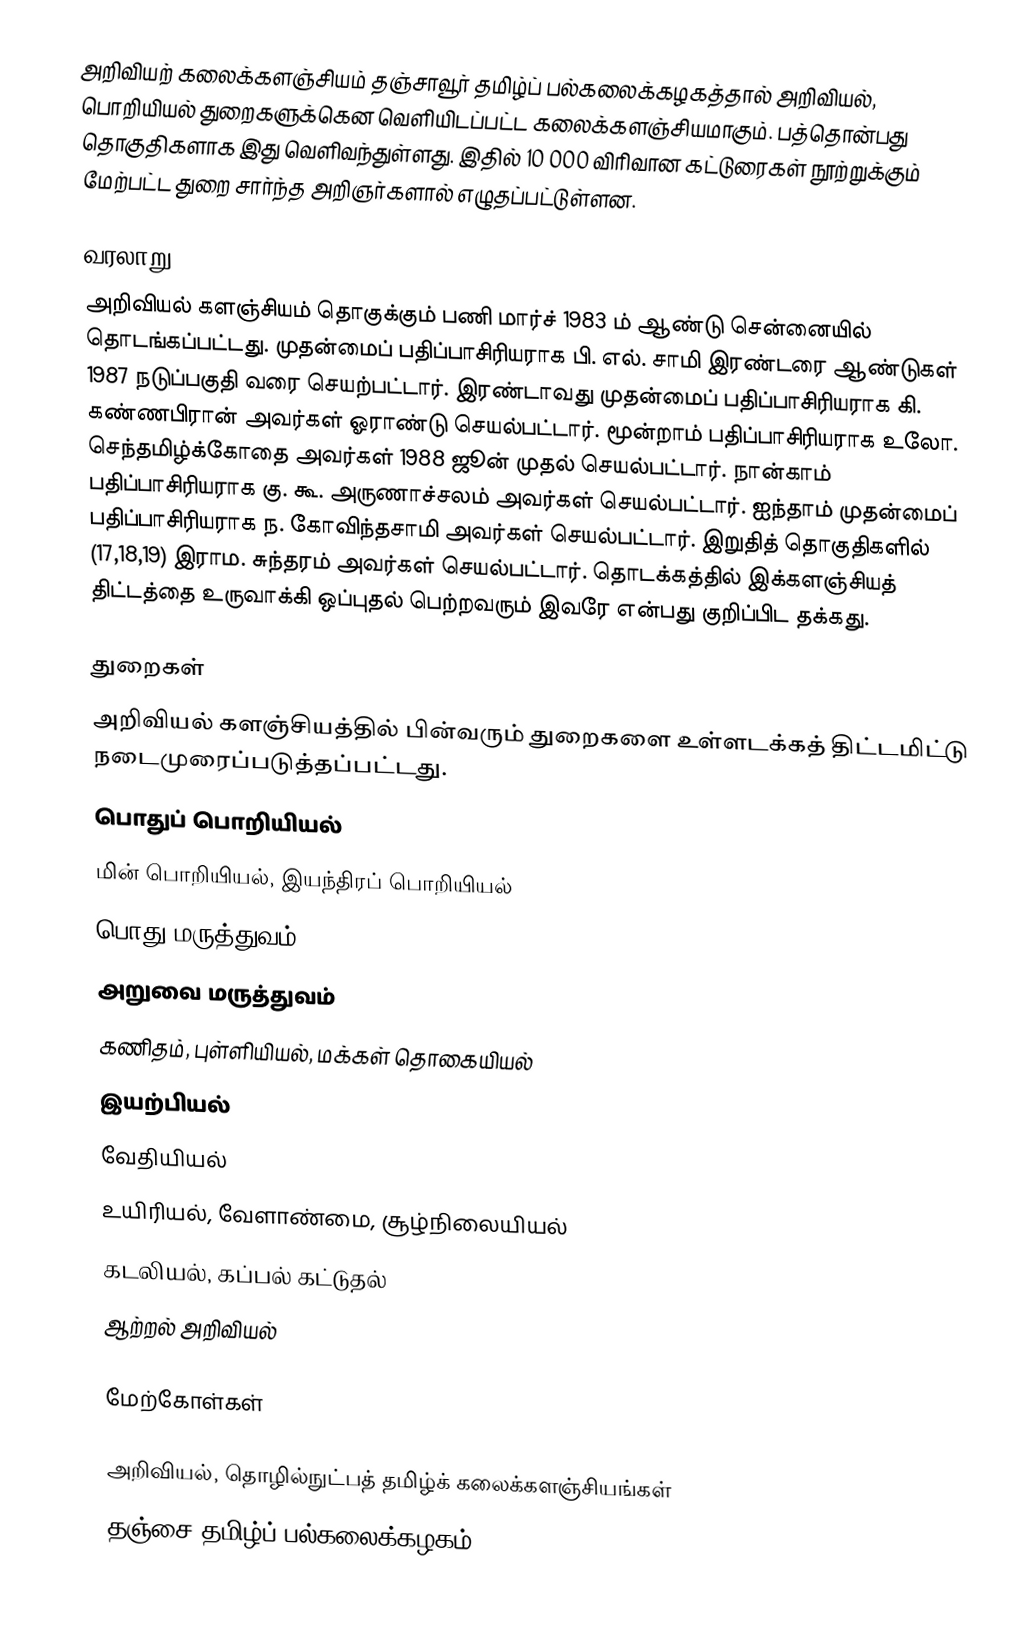
அறிவியற் கலைக்களஞ்சியம் தஞ்சாவூர் தமிழ்ப் பல்கலைக்கழகத்தால் அறிவியல், பொறியியல் துறைகளுக்கென வெளியிடப்பட்ட கலைக்களஞ்சியமாகும்.    பத்தொன்பது தொகுதிகளாக இது வெளிவந்துள்ளது.  இதில் 10 000 விரிவான கட்டுரைகள் நூற்றுக்கும் மேற்பட்ட துறை சார்ந்த அறிஞர்களால் எழுதப்பட்டுள்ளன.

வரலாறு
அறிவியல் களஞ்சியம் தொகுக்கும் பணி மார்ச் 1983 ம் ஆண்டு சென்னையில் தொடங்கப்பட்டது.  முதன்மைப் பதிப்பாசிரியராக பி. எல். சாமி இரண்டரை ஆண்டுகள் 1987 நடுப்பகுதி வரை செயற்பட்டார்.  இரண்டாவது முதன்மைப் பதிப்பாசிரியராக கி. கண்ணபிரான் அவர்கள் ஓராண்டு செயல்பட்டார். மூன்றாம் பதிப்பாசிரியராக உலோ. செந்தமிழ்க்கோதை அவர்கள் 1988 ஜூன் முதல் செயல்பட்டார். நான்காம் பதிப்பாசிரியராக கு. கூ. அருணாச்சலம் அவர்கள் செயல்பட்டார். ஐந்தாம் முதன்மைப் பதிப்பாசிரியராக ந. கோவிந்தசாமி அவர்கள் செயல்பட்டார்.  இறுதித் தொகுதிகளில் (17,18,19) இராம. சுந்தரம் அவர்கள் செயல்பட்டார். தொடக்கத்தில் இக்களஞ்சியத் திட்டத்தை உருவாக்கி ஒப்புதல் பெற்றவரும் இவரே என்பது குறிப்பிட தக்கது.

துறைகள்
அறிவியல் களஞ்சியத்தில் பின்வரும் துறைகளை உள்ளடக்கத் திட்டமிட்டு நடைமுரைப்படுத்தப்பட்டது.
 பொதுப் பொறியியல்
 மின் பொறியியல், இயந்திரப் பொறியியல்
 பொது மருத்துவம்
 அறுவை மருத்துவம்
 கணிதம், புள்ளியியல், மக்கள் தொகையியல்
 இயற்பியல்
 வேதியியல்
 உயிரியல், வேளாண்மை, சூழ்நிலையியல்
 கடலியல், கப்பல் கட்டுதல்
 ஆற்றல் அறிவியல்

மேற்கோள்கள்

அறிவியல், தொழில்நுட்பத் தமிழ்க் கலைக்களஞ்சியங்கள்
தஞ்சை தமிழ்ப் பல்கலைக்கழகம்